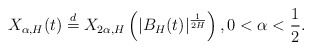
\begin{align*}X_{\alpha, H}(t)\overset{d}{=}X_{2\alpha,H}\left(|B_H(t)|^{\frac{1}{2H}}\right), 0<\alpha<\frac{1}{2}.\end{align*}